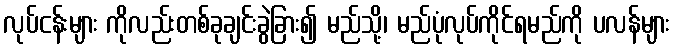
လုပ်ငန်းများ ကိုလည်းတစ်ခုချင်းခွဲခြား၍ မည်သို့၊ မည်ပုံလုပ်ကိုင်ရမည်ကို ပလန်များ